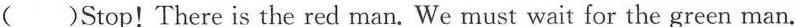
( )Stop!There is the red man. We must wait for the green man.